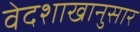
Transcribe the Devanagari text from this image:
वेदशाखानुसार